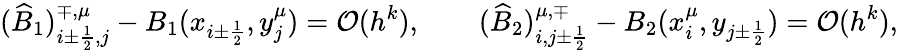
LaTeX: (\widehat B_{1})_{i\pm\frac{1}{2},j}^{\mp,\mu}-B_{1}(x_{i\pm\frac{1}{2}},y_{j}^{\mu})={\mathcal O}(h^{k}),\qquad(\widehat B_{2})_{i,j\pm\frac{1}{2}}^{\mu,\mp}-B_{2}(x_{i}^{\mu},y_{j\pm\frac{1}{2}})={\mathcal O}(h^{k}),